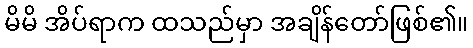
မိမိ အိပ်ရာက ထသည်မှာ အချိန်တော်ဖြစ်၏။